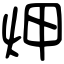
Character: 炠